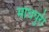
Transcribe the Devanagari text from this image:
माधपुरी